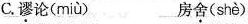
C.\underset{·}{谬}论( miù ) 房\underset{·}{舍}( shè )